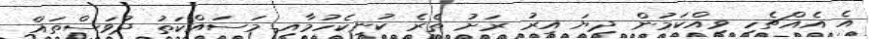
އެ އެއްޗެހި ވިއްކަމުން ދިޔަ އިރު ރަށު ތެރެ ކުނިކެހުމާއި މަސައްކަތު ދުވަސްތައް